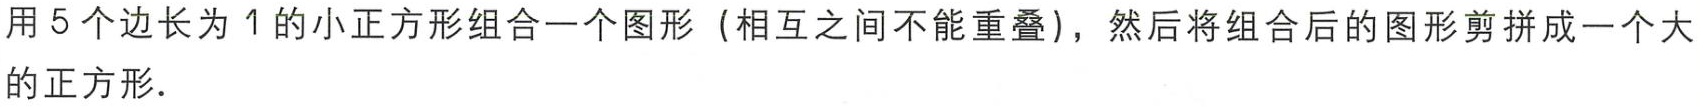
用5个边长为1的小正方形组合一个图形（相互之间不能重叠），然后将组合后的图形剪拼成一个大的正方形.